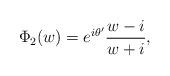
LaTeX: \begin{align*}\Phi_2(w) = e^{i \theta^{\prime}} \frac{w-i}{w+i},\end{align*}